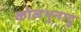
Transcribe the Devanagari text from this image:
कोलथुनादु